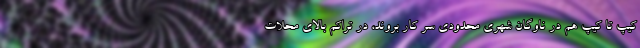
کیپ تا کیپ هم در ناوگان شهری محدودی سر کار بروند، در تراکم بالای محلات